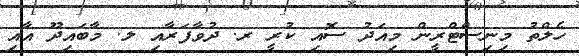
ހެލްތު މިނިސްޓްރީން މިއަދު ސޮއި ކުރީ ރ. ދުވާފަރާއި ލ. މާބައިދޫ އާއި